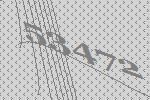
53472